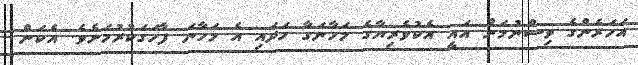
އަހަރެންގެ ވިސްނުމަށް އައީ އެކުވެރިޔާގެ މަހާނަގާ ހަދައި އެ މަހާނަ ފާހަގަކުރުމަށެވެ. އެކަން